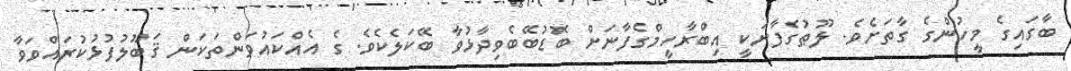
ބާގައިގެ މީހުންގެ ގާތަށެވެ. ލޫޠުގެފާނަކީ އިބްރާހީމްގެފާނަށް ބޮޑުބޭބެވިދާޅުވާ ބޭކަލެކެވެ. ގެ އެއްކައުވަންތަކަން ޤަބޫލުފުޅުކުރައްވަވާ